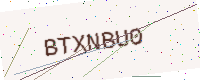
Text: BTXNBU0